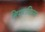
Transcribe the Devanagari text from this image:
त्रिपारादिसस